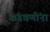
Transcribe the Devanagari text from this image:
अंडचणींना